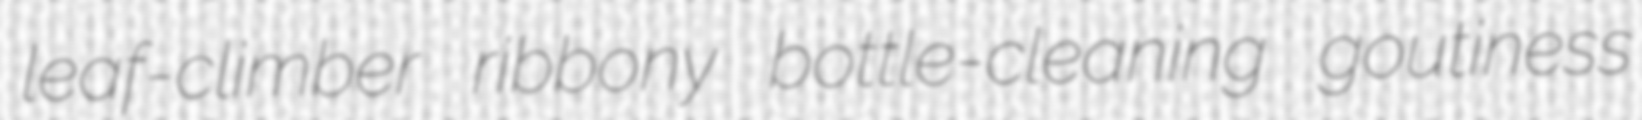
leaf-climber ribbony bottle-cleaning goutiness